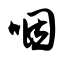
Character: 咽